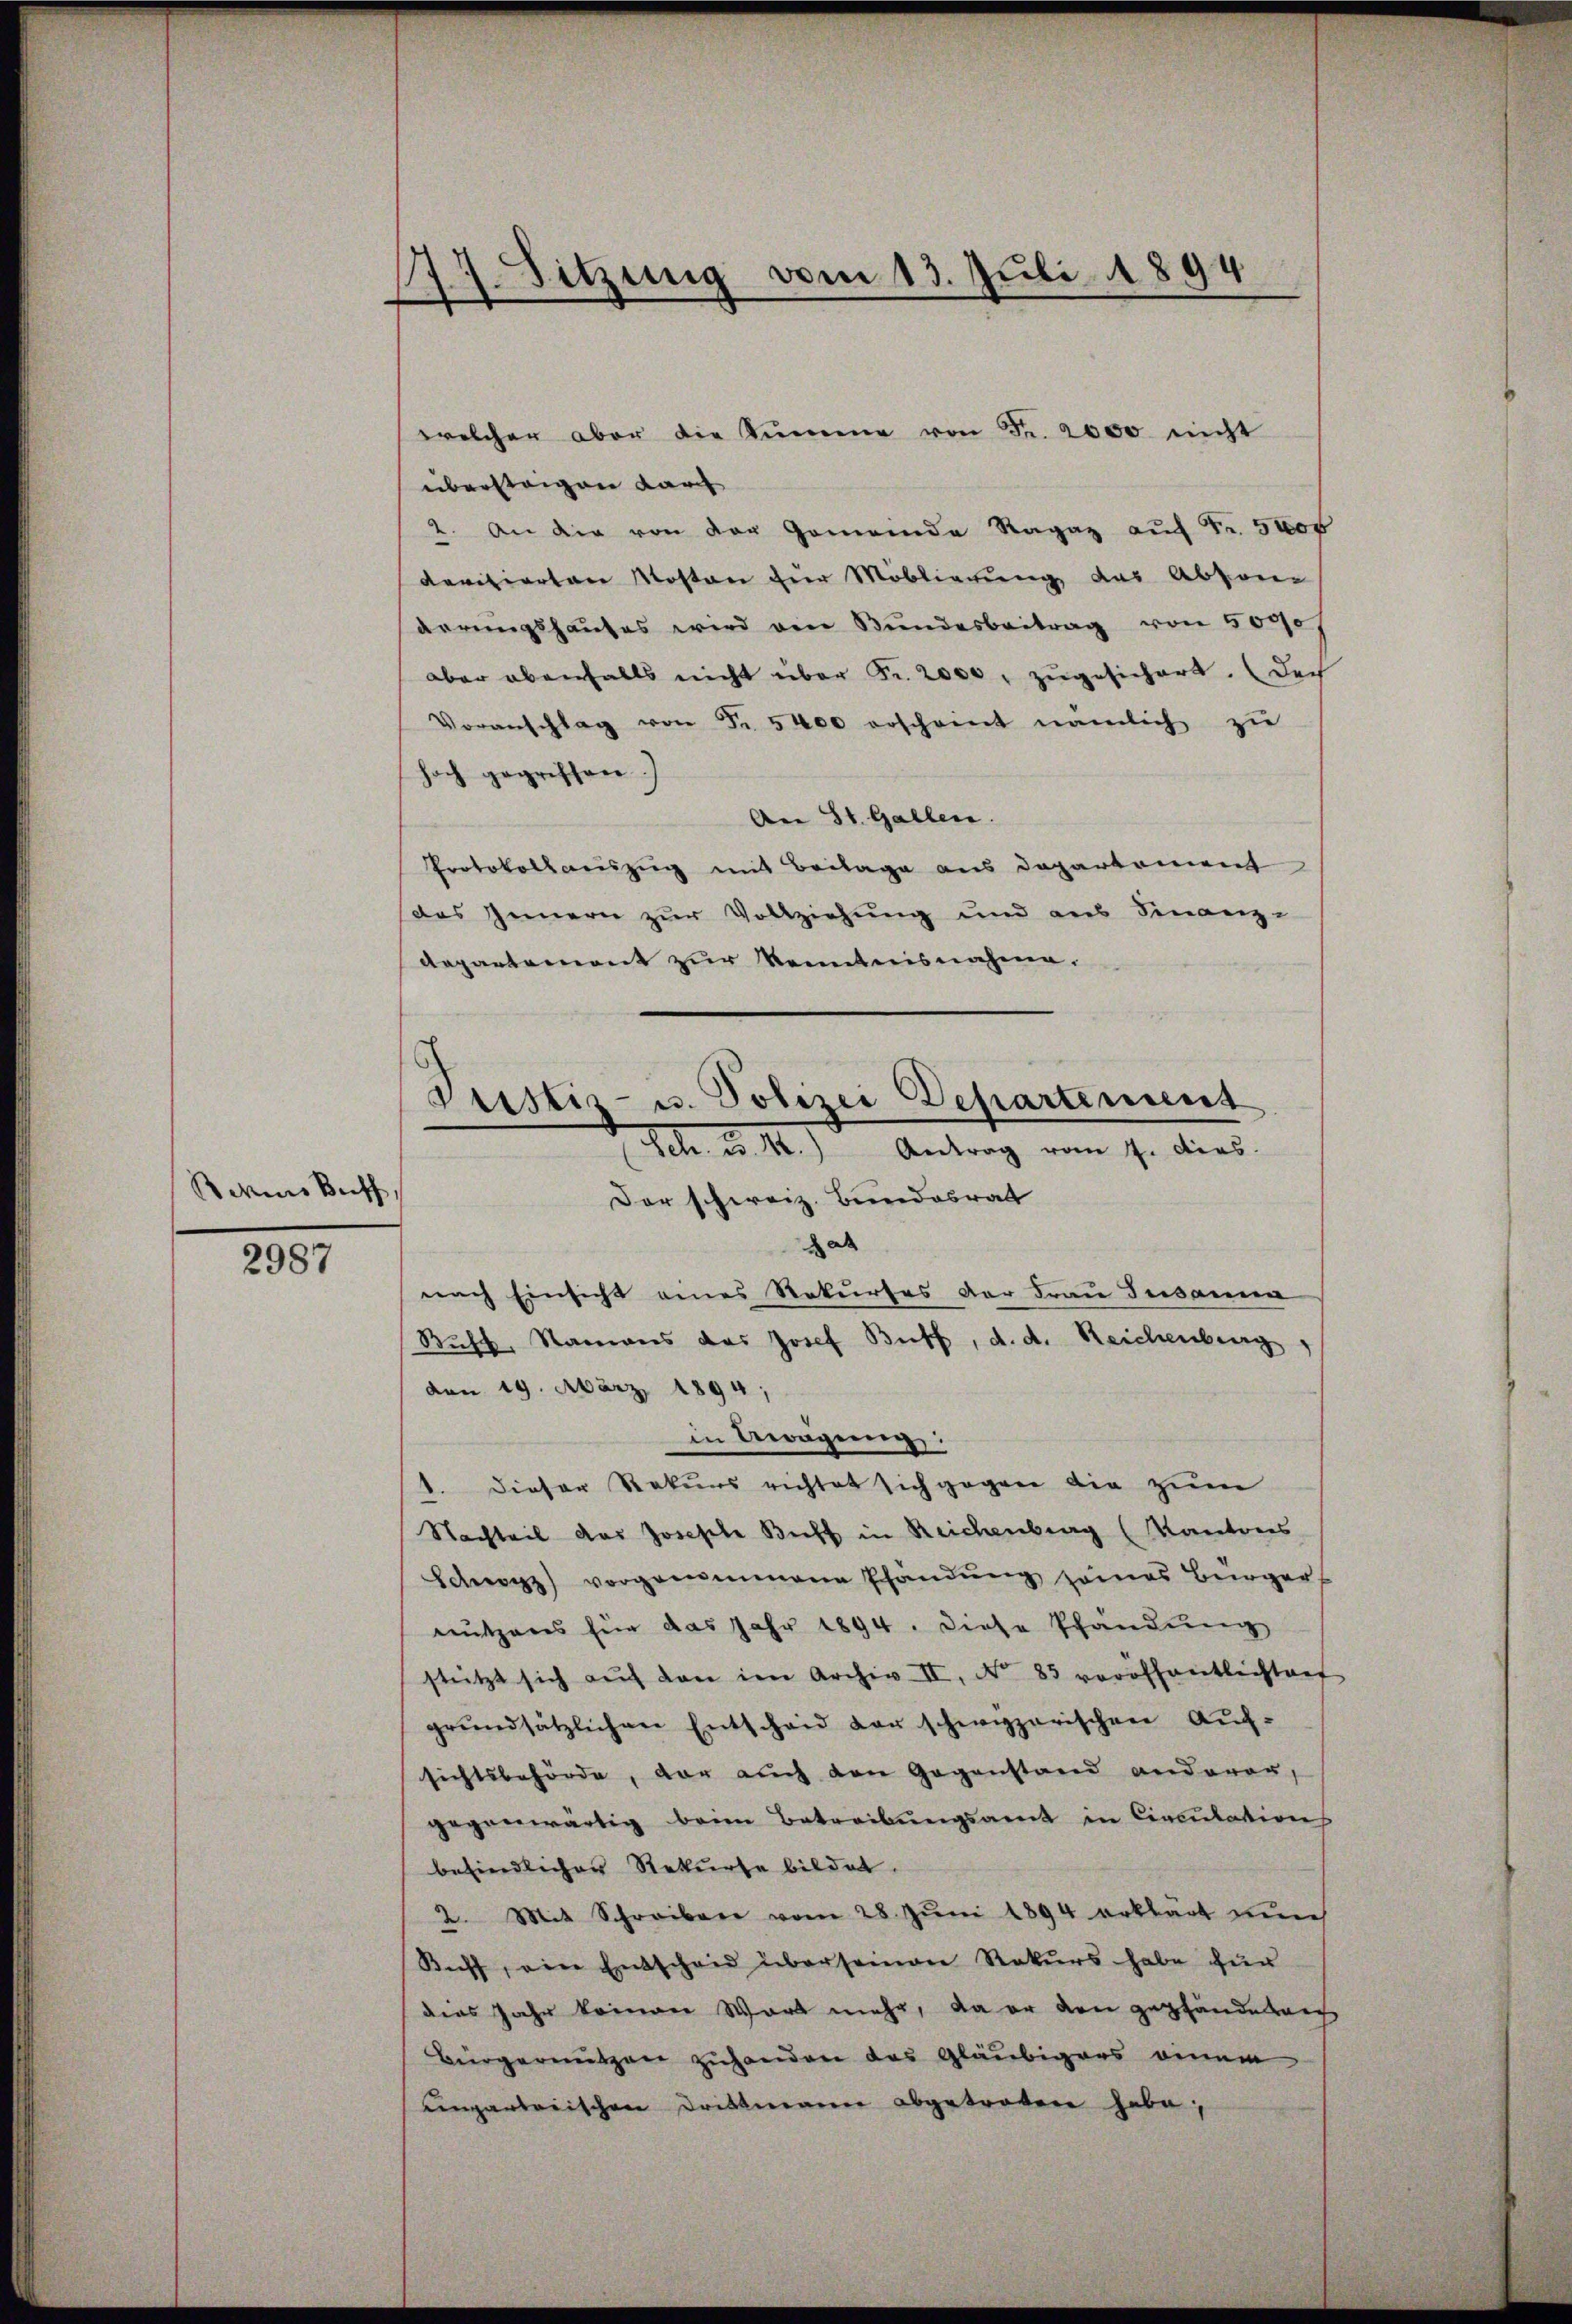
Sores Briff,

2987

Sitzung vom 13. Juli 1894
“
¬

welcher aber die Kumme von Fr. 2000 nicht
übersteigen durch
2. An die von der Gemeinde Ragaz aŭf Fr. 5000
devisierten Mosten zur Moblierung des Abson
aerungshauses wird ein Bundesbeitrag von 5000
aber ebenfalls nicht über Fr. 2000 zugesichert. Doch
Voranschlag von Fr. 5400 erscheint nämlich zŭ
hoch gegriffen.
An St. Gallen
Protokollauszug mit Beilage aus Departement
(das Innern zur Vollziehung und aus Finanz-
Repartement zur Kenntnisnahme.
a
nach Einsicht eines Rekurses der Frau Susanna
Buhl, Namens des Josef Buff, d. d. Reichenburg
den 19. März 1894;
in Bewegung:
1. Dieser Rekurs richtet sich gegen die zum
Nachteil des Joseph Buch in Reichenberg (Kantons
Schwerz) vorgenommene Pfandŭng seines Bürger,
nutzens für das Jahr 1894. diese Pfandung
stützt sich aŭf den im Archiv II, No 85 veröffentlichten
grŭndsätzlichen Entscheid der schwyzerischen Auf-
sichtsbehörde, der auch den Gegenstand anderer,
gegenwärtig beim Betreibungsamt in Circulation
befindlichen Rekurse bildet.
2. Mit Schreiben vom 28. Juni 1894 erklärt un
Kiff, eine Entscheid überseinen Rekurs habe für
deas Jahr keinen Wort mehr, da er den gepfändeten
Bürgernutzen zuhanden das Gläubigers einem
ungarteiischen Drittmann abgetreten habe;

Justiz- u. Polizei Departement
Sch. Bd. II.) Antrag vom 4. dies
Der schweiz. Bundesrat